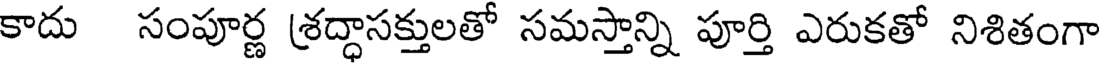
కాదు సంపూర్ణ శ్రద్ధాసక్తులతో సమస్తాన్ని పూర్తి ఎరుకతో నిశితంగా